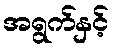
အရွက်နှင့်